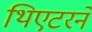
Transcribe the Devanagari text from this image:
थिएटरने